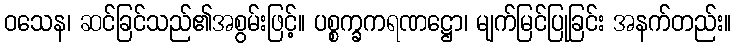
ဝသေန၊ ဆင်ခြင်သည်၏အစွမ်းဖြင့်။ ပစ္စက္ခကရဏဋ္ဌော၊ မျက်မြင်ပြုခြင်း အနက်တည်း။